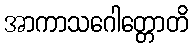
အာကာသဂေါတ္တောတိ